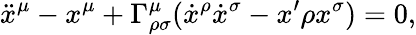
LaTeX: \ddot{x}^{\mu}-x^{\mu}+\Gamma_{\rho\sigma}^{\mu}(\dot{x}^{\rho}\dot{x}^{\sigma}-x^{\prime}\rho x^{\sigma})=0,